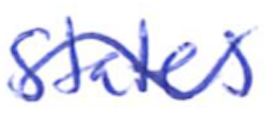
Text: States
Cross-out: wave
Writing tool: ballpoint